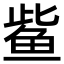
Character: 𫚖